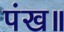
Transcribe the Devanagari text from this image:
पंख॥